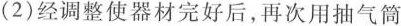
（2)经调整使器材完好后，再次用抽气筒